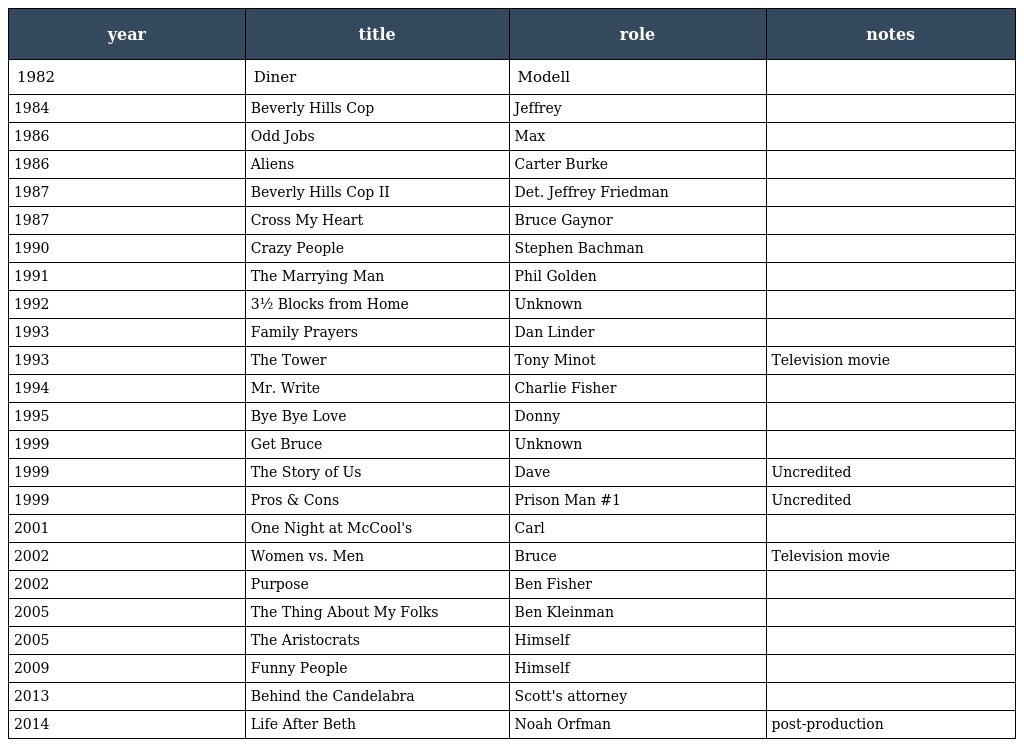
| year | title | role | notes |
 | --- | --- | --- | --- |
 | 1982 | Diner | Modell |  |
 | 1984 | Beverly Hills Cop | Jeffrey |  |
 | 1986 | Odd Jobs | Max |  |
 | 1986 | Aliens | Carter Burke |  |
 | 1987 | Beverly Hills Cop II | Det. Jeffrey Friedman |  |
 | 1987 | Cross My Heart | Bruce Gaynor |  |
 | 1990 | Crazy People | Stephen Bachman |  |
 | 1991 | The Marrying Man | Phil Golden |  |
 | 1992 | 3½ Blocks from Home | Unknown |  |
 | 1993 | Family Prayers | Dan Linder |  |
 | 1993 | The Tower | Tony Minot | Television movie |
 | 1994 | Mr. Write | Charlie Fisher |  |
 | 1995 | Bye Bye Love | Donny |  |
 | 1999 | Get Bruce | Unknown |  |
 | 1999 | The Story of Us | Dave | Uncredited |
 | 1999 | Pros & Cons | Prison Man #1 | Uncredited |
 | 2001 | One Night at McCool's | Carl |  |
 | 2002 | Women vs. Men | Bruce | Television movie |
 | 2002 | Purpose | Ben Fisher |  |
 | 2005 | The Thing About My Folks | Ben Kleinman |  |
 | 2005 | The Aristocrats | Himself |  |
 | 2009 | Funny People | Himself |  |
 | 2013 | Behind the Candelabra | Scott's attorney |  |
 | 2014 | Life After Beth | Noah Orfman | post-production |